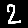
Digit: 2